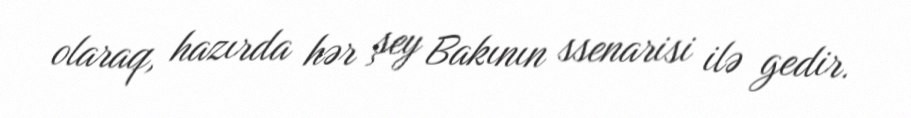
olaraq, hazırda hər şey Bakının ssenarisi ilə gedir.